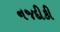
નજદીકી